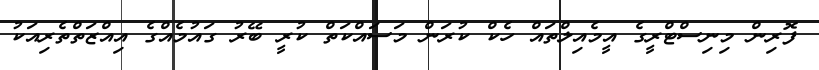
ފޮރިން މިނިސްޓްރީގެ އީމެއިލްތައް ހެކް ކުރަން މަސައްކަތް ކުރީ ބޭރު ގައުމެއްގެ އިއްޒަތްތެރިއަކު